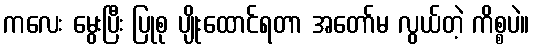
ကလေး မွေးပြီး ပြုစု ပျိုးထောင်ရတာ အတော်မ လွယ်တဲ့ ကိစ္စပဲ။